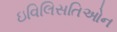
ઇવિલિસતિઓન